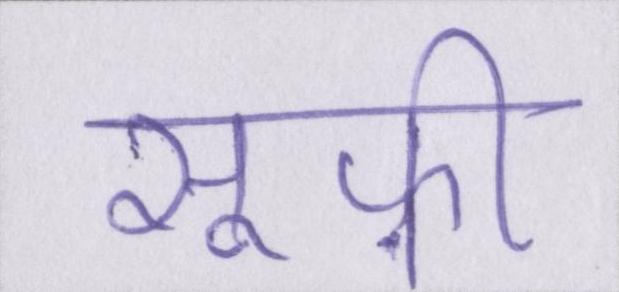
सूफ़ी